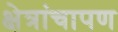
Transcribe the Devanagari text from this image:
क्षेत्रांचापण